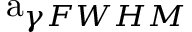
\mathrm { a } _ { \gamma F W H M }